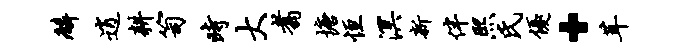
麟逍耕笥时大翥塘恒溟新伴熙氏优·茸